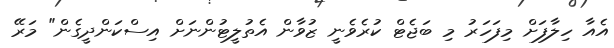
އެއާ ހިލާފަށް މިފަހަރު މި ބަޖެޓް ކުރެވެނީ ޒުވާން އެތުލީޓުންނަށް އިސްކަންދީގެން" މަރޭ